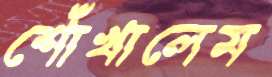
শোঁখালেম